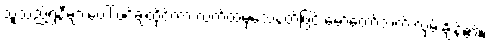
သူသည်ရွှဲနီများပေါ် ဖင်ချထိုင်ကာ လက်ထဲမှသေနတ်ဖြင့် မော်တော်ဘက် လှမ်းချိန်၏။